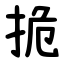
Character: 㧪